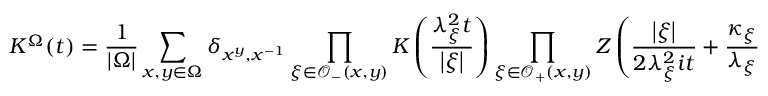
K ^ { \Omega } ( t ) = \frac { 1 } { \left| \Omega \right| } \sum _ { x , y \in \Omega } \delta _ { x ^ { y } , x ^ { - 1 } } \prod _ { \xi \in \mathcal { O } _ { - } ( x , y ) } K \left( \frac { \lambda _ { \xi } ^ { 2 } t } { \left| \xi \right| } \right) \prod _ { \xi \in \mathcal { O } _ { + } ( x , y ) } Z \left( \frac { \left| \xi \right| } { 2 \lambda _ { \xi } ^ { 2 } i t } + \frac { \kappa _ { \xi } } { \lambda _ { \xi } } \right)